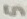
Text: 5